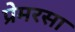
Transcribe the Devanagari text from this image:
प्रेमरसा